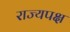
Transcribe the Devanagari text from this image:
राज्यपक्ष